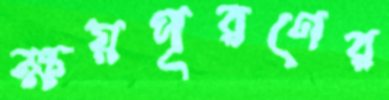
ক্ষয়পূরণের